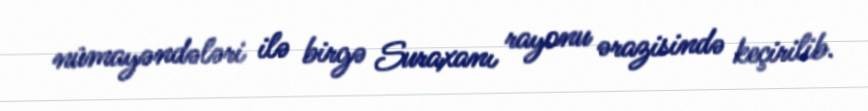
nümayəndələri ilə birgə Suraxanı rayonu ərazisində keçirilib.